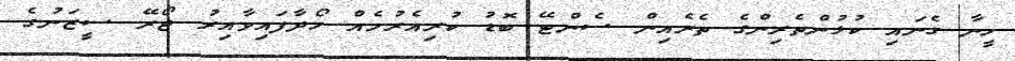
ހީނާ ގެނައި ކުޅުންތެރިންގެ ތެރެއިން ސެންޓޭ ބޮޑު ކުރިއެރުމެއް ހޯދާފައިވާއިރު ޖޯރޭ ސީޒަނުގެ